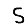
Digit: 5